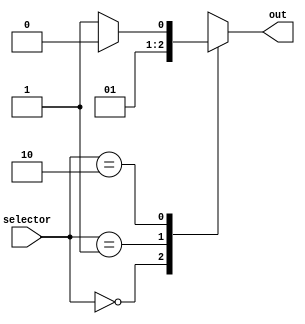
module conditional_logic (
  input [1:0] selector,
  output reg out
);

always @(*)
begin
  case (selector)
    2'b00: out = 1'b0;
    2'b01: out = 1'b1;
    2'b10: if (some_condition) begin
              out = 1'b0;
           end else begin
              out = 1'b1;
           end
    default: out = 1'bx;
  endcase
end

endmodule